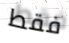
فقط